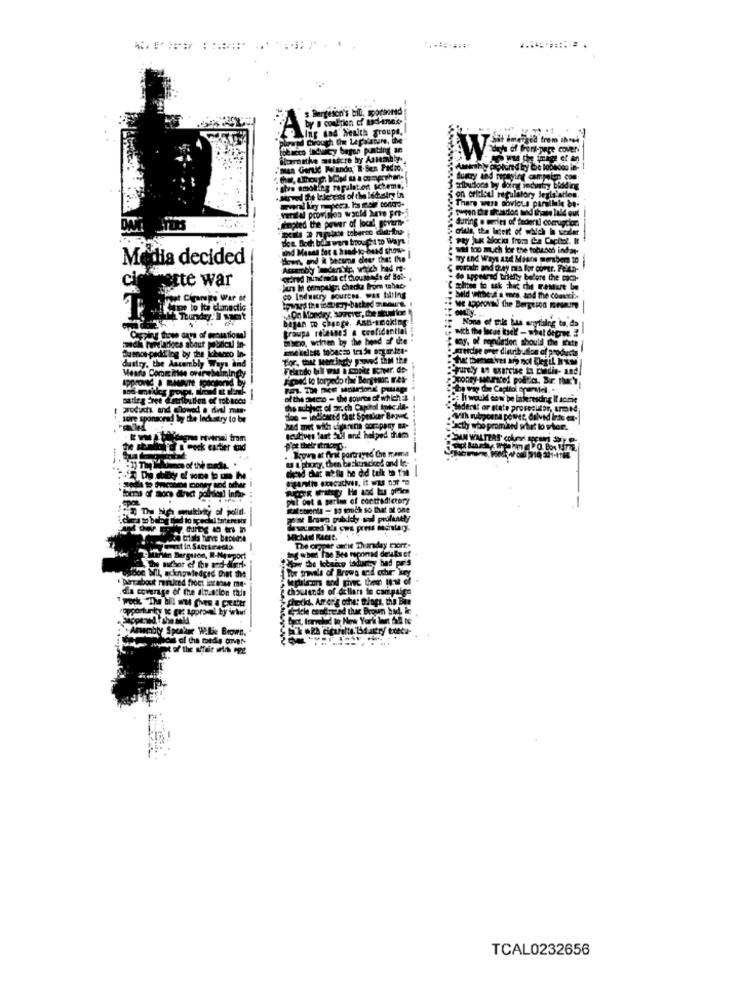
ErIs.
Media decided
cic fleste war
te lo to dlamuctic
medkk Turdiriges about podcul In-
Buenos-pedi' ing by the icharco In-
Ascam
Means Come inde overwhelmingy
Hope sponsored by the lechatry to be
TCAL0232656